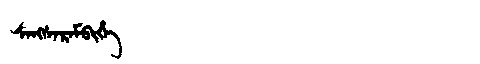
Manchu: ᠰᠠᠩᠰᠠᡵᠠᠮᠪᡳᡥᡝ
Romanization: SANGSARAMBIHE